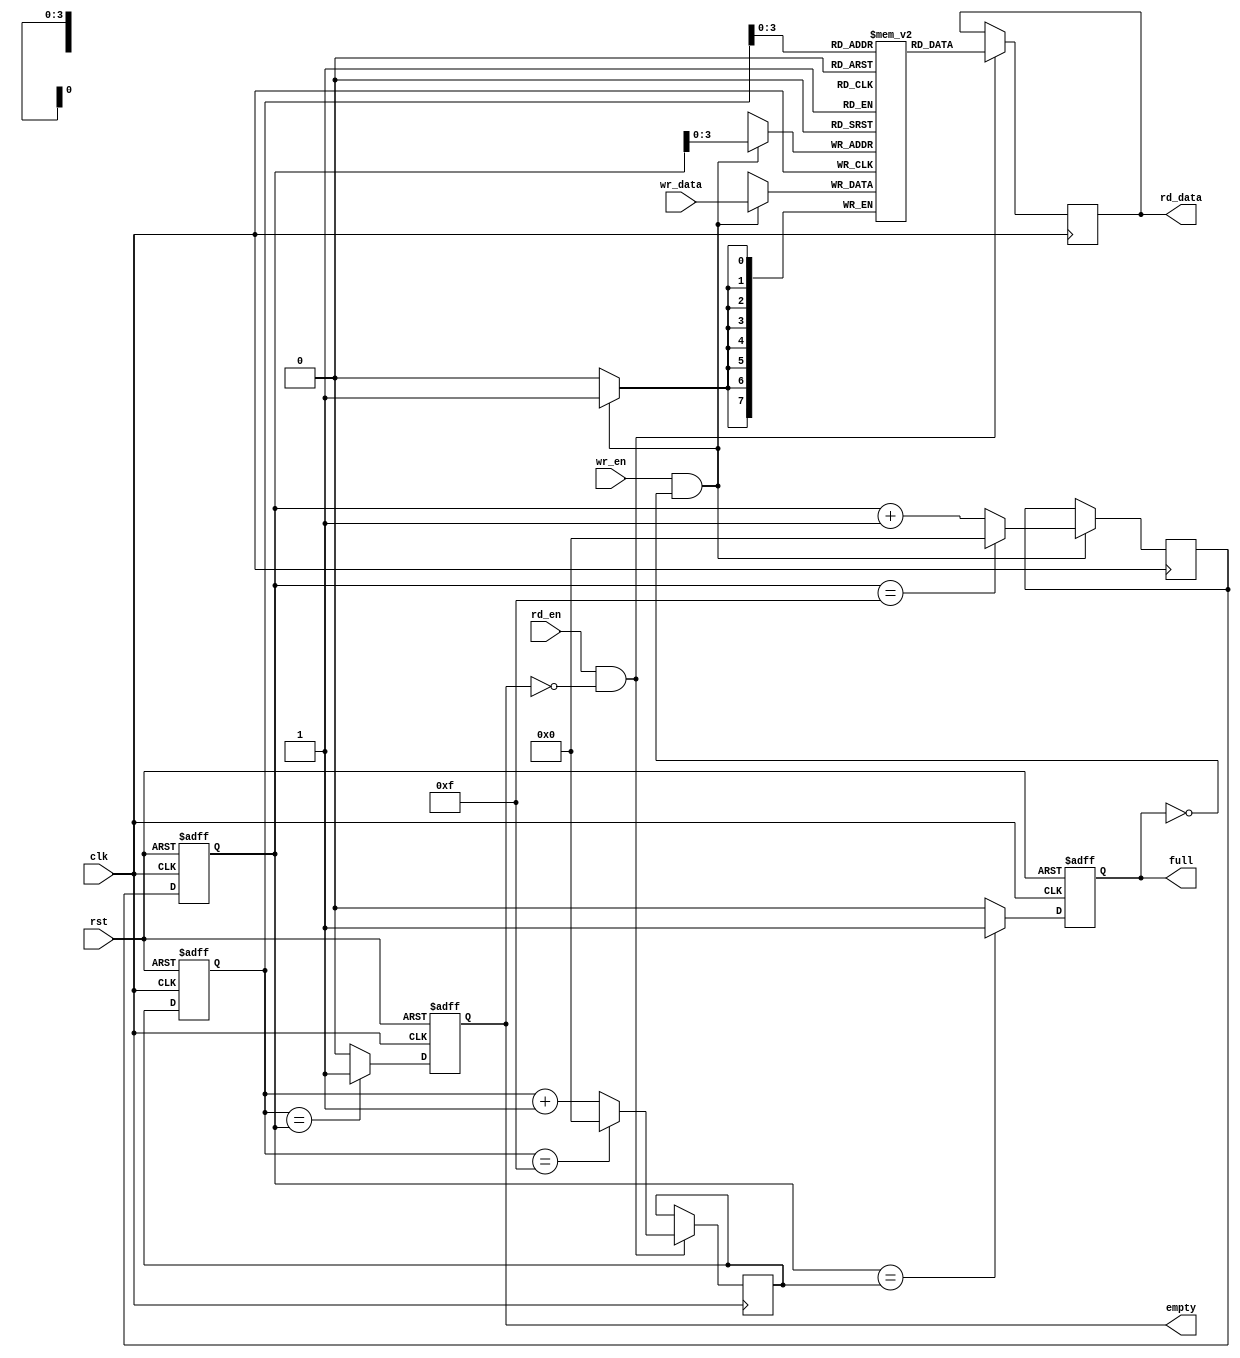
module synchronous_fifo (
    input wire clk,
    input wire rst,
    input wire wr_en,
    input wire rd_en,
    input wire [DATA_WIDTH-1:0] wr_data,
    output reg [DATA_WIDTH-1:0] rd_data,
    output wire full,
    output wire empty
);

parameter DEPTH = 16;
parameter DATA_WIDTH = 8;

reg [DATA_WIDTH-1:0] fifo [DEPTH-1:0];
reg [DATA_WIDTH-1:0] read_ptr;
reg [DATA_WIDTH-1:0] write_ptr;
reg [DATA_WIDTH-1:0] next_write_ptr;
reg [DATA_WIDTH-1:0] next_read_ptr;
reg full_reg;
reg empty_reg;

always @(posedge clk or posedge rst) begin
    if (rst) begin
        read_ptr <= 0;
        write_ptr <= 0;
        full_reg <= 0;
        empty_reg <= 1;
    end else begin
        read_ptr <= next_read_ptr;
        write_ptr <= next_write_ptr;
        full_reg <= (write_ptr == next_read_ptr) ? 1 : 0;
        empty_reg <= (read_ptr == write_ptr) ? 1 : 0;
    end
end

always @(posedge clk) begin
    if (wr_en && !full_reg) begin
        fifo[write_ptr] <= wr_data;
        next_write_ptr <= (write_ptr == DEPTH-1) ? 0 : write_ptr + 1;
    end
    if (rd_en && !empty_reg) begin
        rd_data <= fifo[read_ptr];
        next_read_ptr <= (read_ptr == DEPTH-1) ? 0 : read_ptr + 1;
    end
end

assign full = full_reg;
assign empty = empty_reg;

endmodule